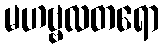
မဟဗ္ဗလတရော